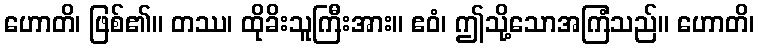
ဟောတိ၊ ဖြစ်၏။ တဿ၊ ထိုခိးသူကြီးအား။ ဧဝံ၊ ဤသို့သောအကြံသည်။ ဟောတိ၊